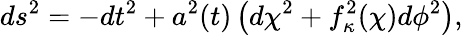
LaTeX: ds^{2}=-dt^{2}+a^{2}(t)\left(d\chi^{2}+f_{\kappa}^{2}(\chi)d\phi^{2}\right),